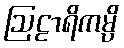
ဩဠာရိကမ္ပိ